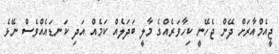
ޖީއެމްއާރަށް ދޭން ޖެހޭނީ ކިހާވަރެއްގެ މާލީ ބަދަލެއް ކަމެއް އަދި ކަނޑައެއްވެސް ނޭޅެ